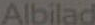
Albilad